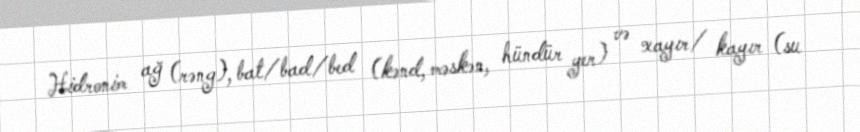
Hidronim ağ (rəng), bat/bad/bed (kənd, məskən, hündür yer) və xayır/ kayır (su